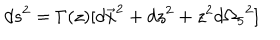
LaTeX: d s ^ { 2 } = \Gamma ( z ) [ { d \vec { x } } ^ { 2 } + d z ^ { 2 } + z ^ { 2 } { d \Omega _ { 5 } } ^ { 2 } ]